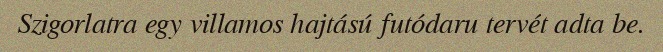
Szigorlatra egy villamos hajtású futódaru tervét adta be.